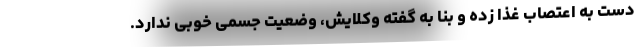
دست به اعتصاب غذا زده و بنا به گفته وکلایش، وضعیت جسمی خوبی ندارد.